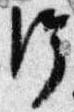
給